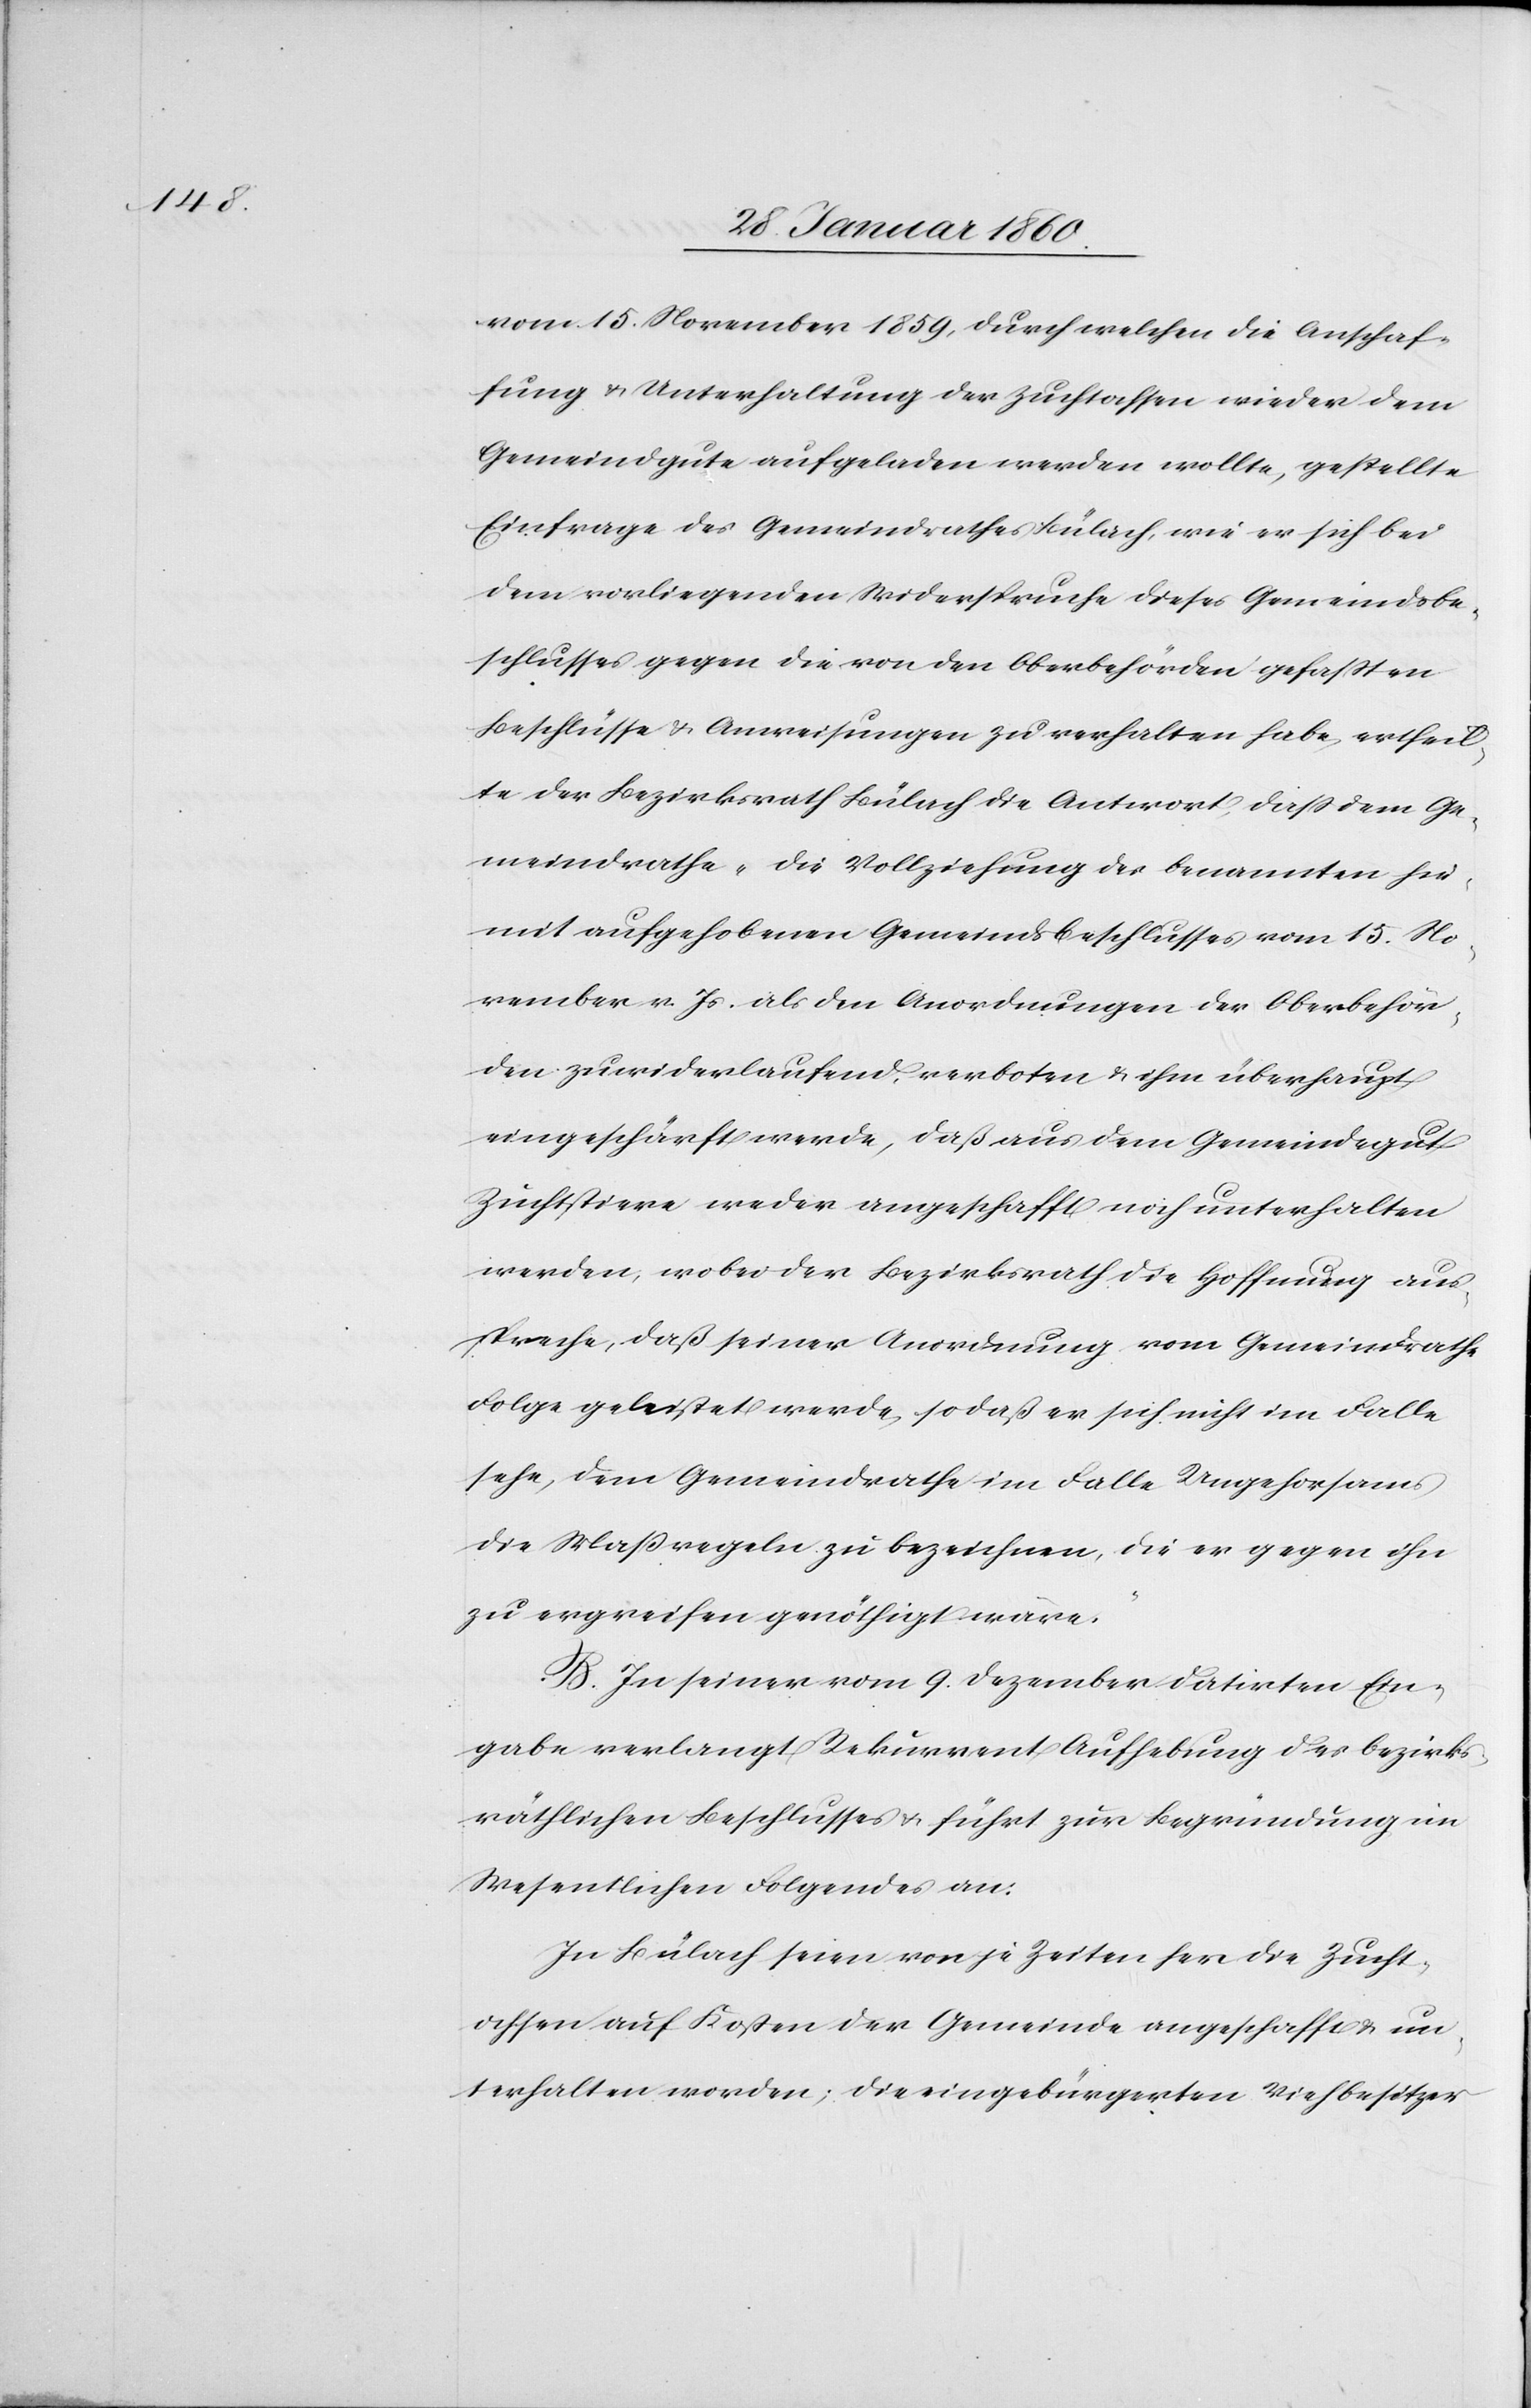
vom 15. November 1859, durch welchen die Anschaf¬
fung u. Unterhaltung der Zuchtochsen wieder dem
Gemeindgute aufgeladen werden sollte, gestellte
Einfrage des Gemeindrathes Bülach, wie er sich bei
dem vorliegenden Widerspruche dieses Gemeindsbe¬
schlusses gegen die von den Oberbehörden gefassten
Beschlüsse u. Anweisungen zu verhalten habe, ertheil¬
te der Bezirksrath Bülach die Antwort, dass dem Ge¬
meindrathe „die Vollziehung des Benannten hie¬
mit aufgehobenen Gemeindsbeschlusses vom 15. No¬
vember v. Js. als den Anordnungen der Oberbehör¬
den zuwiderlaufend verboten u. ihm überhaupt
eingeschärft werde, daß aus dem Gemeindegut
Zuchtstiere weder angeschafft noch unterhalten
werden, wobei der Bezirksrath die Hoffnung aus¬
spreche, daß seiner Anordnung vom Gemeindrathe
Folge geleistet werde, so daß er sich nicht im Falle
sehe, dem Gemeindrathe im Falle Ungehorsams
die Massregeln zu bezeichnen, die er gegen ihn
zu ergreifen genöthigt wäre.“
B. In seiner vom 9. Dezember datirten Ein¬
gabe verlangt Rekurrent Aufhebung des bezirks¬
räthlichen Beschlusses u. führt zur Begründung im
Wesentlichen Folgendes an:
In Bülach seien von je Zeiten her die Zucht¬
ochsen auf Kosten der Gemeinde angeschafft u. un¬
terhalten worden; die eingebürgerten Viehbesitzer